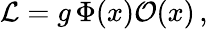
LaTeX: {\cal L}=g\, \Phi(x){\cal O}(x)\, ,